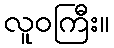
လူဝကြီး။